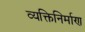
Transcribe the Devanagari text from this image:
व्यक्तिनिर्माण